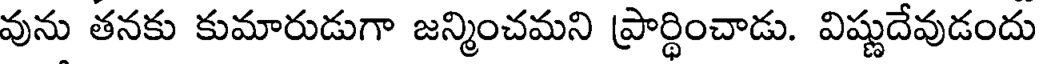
వును తనకు కుమారుడుగా జన్మించమని ప్రార్థించాడు. విష్ణుదేవుడందు